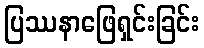
ပြဿနာဖြေရှင်းခြင်း